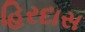
હિરદાસ